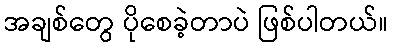
အချစ်တွေ ပိုစေခဲ့တာပဲ ဖြစ်ပါတယ်။